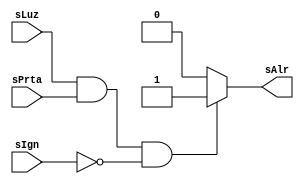
module alarma_desc_conductual (
	output reg	sAlr,	// sAlr de tipo reg, almacena el valor
	input 		sLuz,	// No se indica el tipo de sLuz,  wire implcito
	input 		sPrta,	// No se indica el tipo de sPrta, wire implcito
	input 		sIgn);	// No se indica el tipo de sIgn,  wire implcito
	// En las descripciones conductuales, los puertos de entrada son wires.
	// Los puertos de salida pueden ser wires o regs, dependiendo de la
	// implementacin.

	always @ (*) begin // always combinacional, bloque de procedimiento/comportamiento
	// (*) Lista de sensitividad, entra al "always" ante cualquier cambio
	// en (sLuz or sPrta or sIgn)
		if (sLuz == 1 & sPrta == 1 & sIgn == 0)
			sAlr 	= 1;	// Asignacin bloqueante (=)
      		else
			sAlr	= 0;	// Asignacin bloqueante (=)
    	end
endmodule